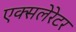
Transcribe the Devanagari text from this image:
एक्सलेरेटर